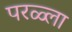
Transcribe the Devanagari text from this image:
परळ्ला